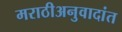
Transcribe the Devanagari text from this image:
मराठीअनुवादांत